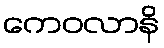
ကေဝလာနိ